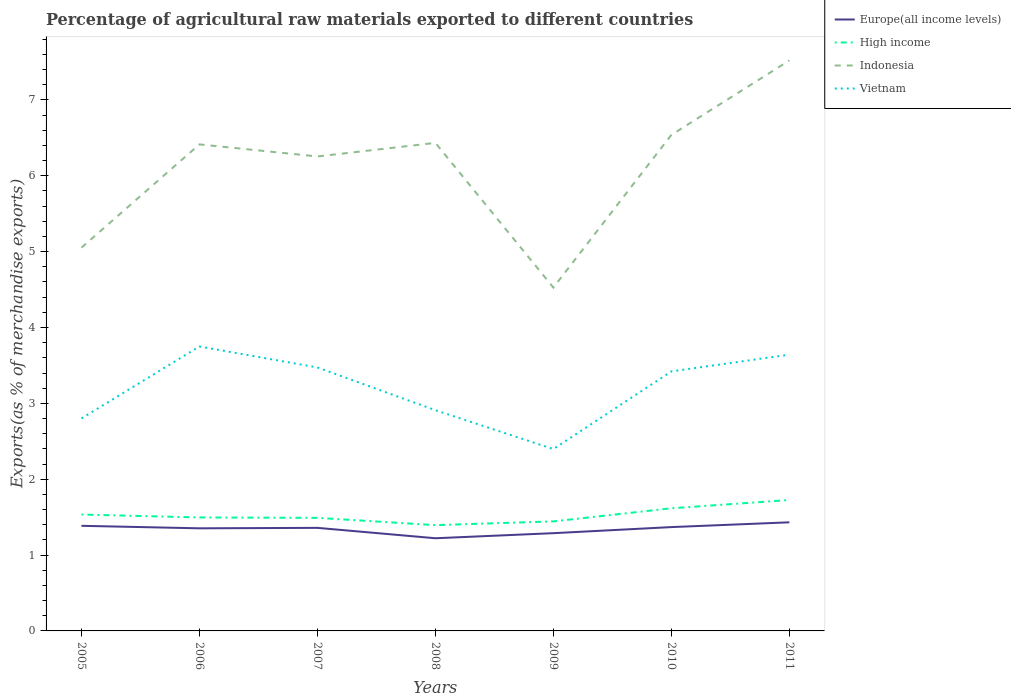
| Years | Europe(all income levels) | High income | Indonesia | Vietnam |
 | --- | --- | --- | --- | --- |
 | 2005 | 1.39 | 1.53 | 5.05 | 2.8 |
 | 2006 | 1.35 | 1.5 | 6.41 | 3.75 |
 | 2007 | 1.36 | 1.49 | 6.25 | 3.47 |
 | 2008 | 1.22 | 1.39 | 6.43 | 2.91 |
 | 2009 | 1.29 | 1.44 | 4.53 | 2.4 |
 | 2010 | 1.37 | 1.62 | 6.54 | 3.42 |
 | 2011 | 1.43 | 1.73 | 7.52 | 3.64 |